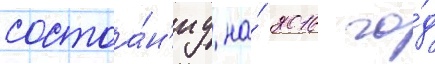
состоа́н'иу на́ 2016 го́д